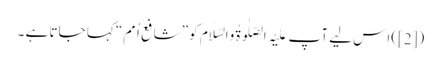
([2])اِس لیے آپ عَلَیْہِ الصَّلٰوۃُ وَالسَّلَام کو ”شافعِ اُمَم“ کہا جاتا ہے ۔